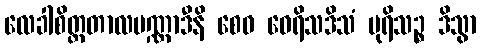
လေခါစိတ္တတာလပဏ္ဏာဒီနိ စေဝ ဝေရိသဒိသံ ပုရိသဉ္စ ဒိသွာ